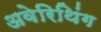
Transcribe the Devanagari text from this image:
अवेरिथिंग